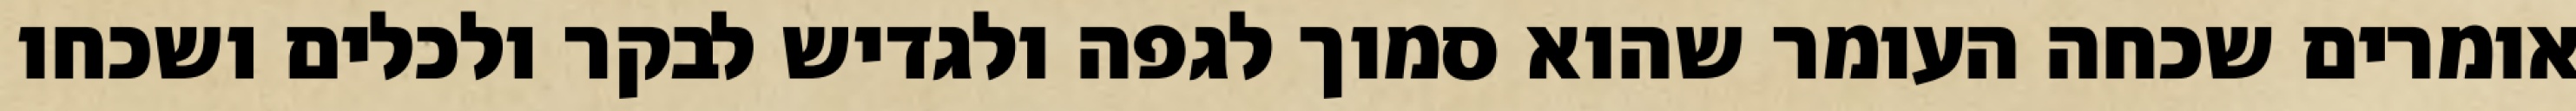
אומרים שכחה העומר שהוא סמוך לגפה ולגדיש לבקר ולכלים ושכחו